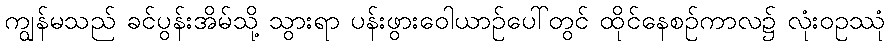
ကျွန်မသည် ခင်ပွန်းအိမ်သို့ သွားရာ ပန်းဖွားဝေါယာဉ်ပေါ်တွင် ထိုင်နေစဉ်ကာလ၌ လုံးဝဥဿုံ